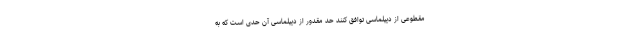
مقطوعی از دیپلماسی توافق کنند حد مقدور از دیپلماسی آن حدی است که به